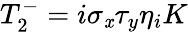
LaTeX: T_{2}^{-}=i\sigma_{\mathit{x}}\tau_{y}\eta_{i}K